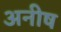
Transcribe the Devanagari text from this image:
अनीष